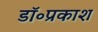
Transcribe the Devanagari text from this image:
डॉ॰प्रकाश